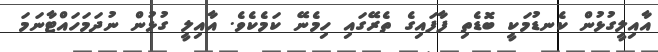
އާއިލީގުޅުން ކެނޑުމަކީ ބޮޑެތި ފާފައިގެ ތެރޭގައި ހިމެނޭ ކަމެކެވެ. އާއިލީ ގުޅުން ނުދަމަހައްޓާނަމަ